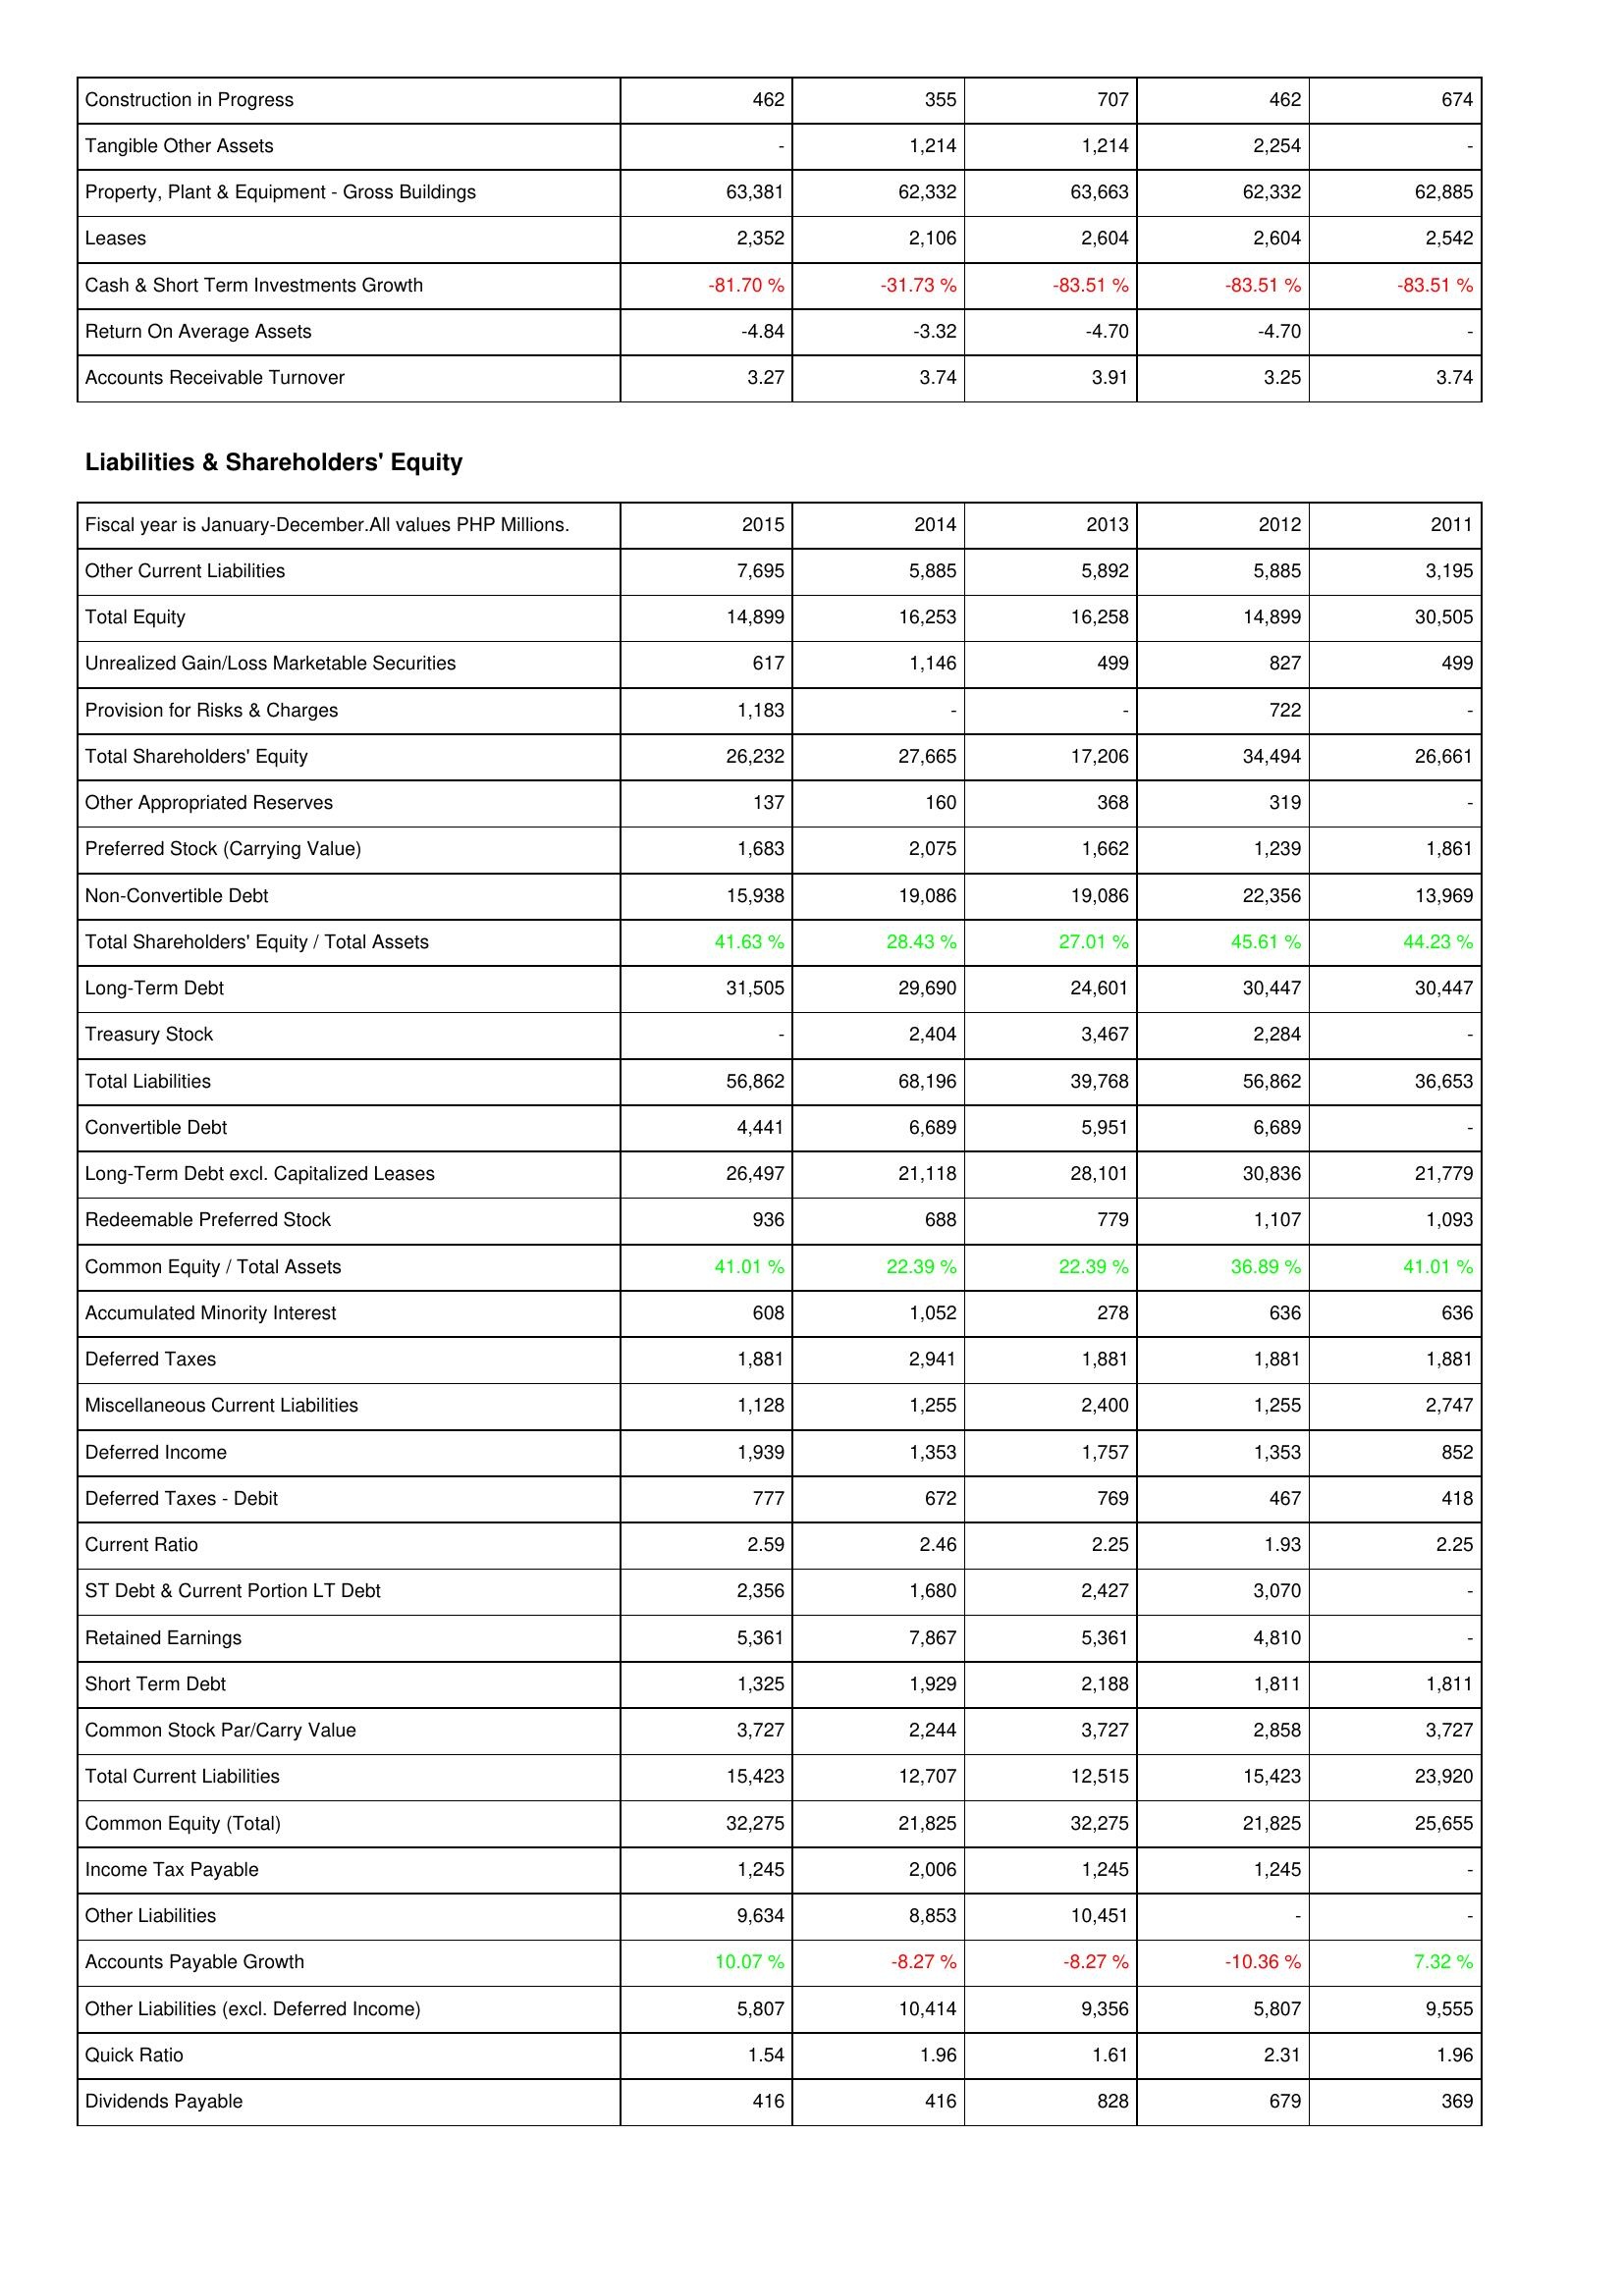
2015: Assets: Construction in Progress: 462
Tangible Other Assets: -
Property, Plant & Equipment - Gross Buildings: 63,381
Leases: 2,352
Cash & Short Term Investments Growth: -81.70 %
Return On Average Assets: -4.84
Accounts Receivable Turnover: 3.27
Liabilities & Shareholders' Equity: Other Current Liabilities: 7,695
Total Equity: 14,899
Unrealized Gain/Loss Marketable Securities: 617
Provision for Risks & Charges: 1,183
Total Shareholders' Equity: 26,232
Other Appropriated Reserves: 137
Preferred Stock (Carrying Value): 1,683
Non-Convertible Debt: 15,938
Total Shareholders' Equity / Total Assets: 41.63 %
Long-Term Debt: 31,505
Treasury Stock: -
Total Liabilities: 56,862
Convertible Debt: 4,441
Long-Term Debt excl. Capitalized Leases: 26,497
Redeemable Preferred Stock: 936
Common Equity / Total Assets: 41.01 %
Accumulated Minority Interest: 608
Deferred Taxes: 1,881
Miscellaneous Current Liabilities: 1,128
Deferred Income: 1,939
Deferred Taxes - Debit: 777
Current Ratio: 2.59
ST Debt & Current Portion LT Debt: 2,356
Retained Earnings: 5,361
Short Term Debt: 1,325
Common Stock Par/Carry Value: 3,727
Total Current Liabilities: 15,423
Common Equity (Total): 32,275
Income Tax Payable: 1,245
Other Liabilities: 9,634
Accounts Payable Growth: 10.07 %
Other Liabilities (excl. Deferred Income): 5,807
Quick Ratio: 1.54
Dividends Payable: 416
2014: Assets: Construction in Progress: 355
Tangible Other Assets: 1,214
Property, Plant & Equipment - Gross Buildings: 62,332
Leases: 2,106
Cash & Short Term Investments Growth: -31.73 %
Return On Average Assets: -3.32
Accounts Receivable Turnover: 3.74
Liabilities & Shareholders' Equity: Other Current Liabilities: 5,885
Total Equity: 16,253
Unrealized Gain/Loss Marketable Securities: 1,146
Provision for Risks & Charges: -
Total Shareholders' Equity: 27,665
Other Appropriated Reserves: 160
Preferred Stock (Carrying Value): 2,075
Non-Convertible Debt: 19,086
Total Shareholders' Equity / Total Assets: 28.43 %
Long-Term Debt: 29,690
Treasury Stock: 2,404
Total Liabilities: 68,196
Convertible Debt: 6,689
Long-Term Debt excl. Capitalized Leases: 21,118
Redeemable Preferred Stock: 688
Common Equity / Total Assets: 22.39 %
Accumulated Minority Interest: 1,052
Deferred Taxes: 2,941
Miscellaneous Current Liabilities: 1,255
Deferred Income: 1,353
Deferred Taxes - Debit: 672
Current Ratio: 2.46
ST Debt & Current Portion LT Debt: 1,680
Retained Earnings: 7,867
Short Term Debt: 1,929
Common Stock Par/Carry Value: 2,244
Total Current Liabilities: 12,707
Common Equity (Total): 21,825
Income Tax Payable: 2,006
Other Liabilities: 8,853
Accounts Payable Growth: -8.27 %
Other Liabilities (excl. Deferred Income): 10,414
Quick Ratio: 1.96
Dividends Payable: 416
2013: Assets: Construction in Progress: 707
Tangible Other Assets: 1,214
Property, Plant & Equipment - Gross Buildings: 63,663
Leases: 2,604
Cash & Short Term Investments Growth: -83.51 %
Return On Average Assets: -4.70
Accounts Receivable Turnover: 3.91
Liabilities & Shareholders' Equity: Other Current Liabilities: 5,892
Total Equity: 16,258
Unrealized Gain/Loss Marketable Securities: 499
Provision for Risks & Charges: -
Total Shareholders' Equity: 17,206
Other Appropriated Reserves: 368
Preferred Stock (Carrying Value): 1,662
Non-Convertible Debt: 19,086
Total Shareholders' Equity / Total Assets: 27.01 %
Long-Term Debt: 24,601
Treasury Stock: 3,467
Total Liabilities: 39,768
Convertible Debt: 5,951
Long-Term Debt excl. Capitalized Leases: 28,101
Redeemable Preferred Stock: 779
Common Equity / Total Assets: 22.39 %
Accumulated Minority Interest: 278
Deferred Taxes: 1,881
Miscellaneous Current Liabilities: 2,400
Deferred Income: 1,757
Deferred Taxes - Debit: 769
Current Ratio: 2.25
ST Debt & Current Portion LT Debt: 2,427
Retained Earnings: 5,361
Short Term Debt: 2,188
Common Stock Par/Carry Value: 3,727
Total Current Liabilities: 12,515
Common Equity (Total): 32,275
Income Tax Payable: 1,245
Other Liabilities: 10,451
Accounts Payable Growth: -8.27 %
Other Liabilities (excl. Deferred Income): 9,356
Quick Ratio: 1.61
Dividends Payable: 828
2012: Assets: Construction in Progress: 462
Tangible Other Assets: 2,254
Property, Plant & Equipment - Gross Buildings: 62,332
Leases: 2,604
Cash & Short Term Investments Growth: -83.51 %
Return On Average Assets: -4.70
Accounts Receivable Turnover: 3.25
Liabilities & Shareholders' Equity: Other Current Liabilities: 5,885
Total Equity: 14,899
Unrealized Gain/Loss Marketable Securities: 827
Provision for Risks & Charges: 722
Total Shareholders' Equity: 34,494
Other Appropriated Reserves: 319
Preferred Stock (Carrying Value): 1,239
Non-Convertible Debt: 22,356
Total Shareholders' Equity / Total Assets: 45.61 %
Long-Term Debt: 30,447
Treasury Stock: 2,284
Total Liabilities: 56,862
Convertible Debt: 6,689
Long-Term Debt excl. Capitalized Leases: 30,836
Redeemable Preferred Stock: 1,107
Common Equity / Total Assets: 36.89 %
Accumulated Minority Interest: 636
Deferred Taxes: 1,881
Miscellaneous Current Liabilities: 1,255
Deferred Income: 1,353
Deferred Taxes - Debit: 467
Current Ratio: 1.93
ST Debt & Current Portion LT Debt: 3,070
Retained Earnings: 4,810
Short Term Debt: 1,811
Common Stock Par/Carry Value: 2,858
Total Current Liabilities: 15,423
Common Equity (Total): 21,825
Income Tax Payable: 1,245
Other Liabilities: -
Accounts Payable Growth: -10.36 %
Other Liabilities (excl. Deferred Income): 5,807
Quick Ratio: 2.31
Dividends Payable: 679
2011: Assets: Construction in Progress: 674
Tangible Other Assets: -
Property, Plant & Equipment - Gross Buildings: 62,885
Leases: 2,542
Cash & Short Term Investments Growth: -83.51 %
Return On Average Assets: -
Accounts Receivable Turnover: 3.74
Liabilities & Shareholders' Equity: Other Current Liabilities: 3,195
Total Equity: 30,505
Unrealized Gain/Loss Marketable Securities: 499
Provision for Risks & Charges: -
Total Shareholders' Equity: 26,661
Other Appropriated Reserves: -
Preferred Stock (Carrying Value): 1,861
Non-Convertible Debt: 13,969
Total Shareholders' Equity / Total Assets: 44.23 %
Long-Term Debt: 30,447
Treasury Stock: -
Total Liabilities: 36,653
Convertible Debt: -
Long-Term Debt excl. Capitalized Leases: 21,779
Redeemable Preferred Stock: 1,093
Common Equity / Total Assets: 41.01 %
Accumulated Minority Interest: 636
Deferred Taxes: 1,881
Miscellaneous Current Liabilities: 2,747
Deferred Income: 852
Deferred Taxes - Debit: 418
Current Ratio: 2.25
ST Debt & Current Portion LT Debt: -
Retained Earnings: -
Short Term Debt: 1,811
Common Stock Par/Carry Value: 3,727
Total Current Liabilities: 23,920
Common Equity (Total): 25,655
Income Tax Payable: -
Other Liabilities: -
Accounts Payable Growth: 7.32 %
Other Liabilities (excl. Deferred Income): 9,555
Quick Ratio: 1.96
Dividends Payable: 369